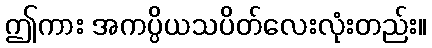
ဤကား အကပ္ပိယသပိတ်လေးလုံးတည်း။